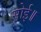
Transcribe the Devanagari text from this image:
सोई॥